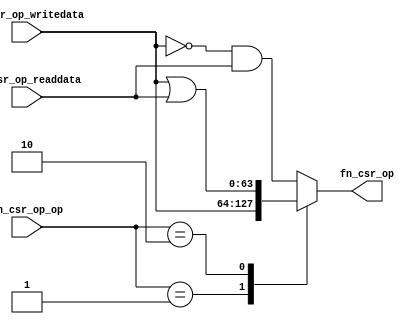
//
// Generated by Bluespec Compiler (build 8d454e4)
//
// On Fri Oct  9 13:14:07 IST 2020
//
//
// Ports:
// Name                         I/O  size props
// fn_csr_op                      O    64
// fn_csr_op_writedata            I    64
// fn_csr_op_readdata             I    64
// fn_csr_op_op                   I     2
//
// Combinational paths from inputs to outputs:
//   (fn_csr_op_writedata, fn_csr_op_readdata, fn_csr_op_op) -> fn_csr_op
//
//

`ifdef BSV_ASSIGNMENT_DELAY
`else
  `define BSV_ASSIGNMENT_DELAY
`endif

`ifdef BSV_POSITIVE_RESET
  `define BSV_RESET_VALUE 1'b1
  `define BSV_RESET_EDGE posedge
`else
  `define BSV_RESET_VALUE 1'b0
  `define BSV_RESET_EDGE negedge
`endif

module module_fn_csr_op(fn_csr_op_writedata,
			fn_csr_op_readdata,
			fn_csr_op_op,
			fn_csr_op);
  // value method fn_csr_op
  input  [63 : 0] fn_csr_op_writedata;
  input  [63 : 0] fn_csr_op_readdata;
  input  [1 : 0] fn_csr_op_op;
  output [63 : 0] fn_csr_op;

  // signals for module outputs
  reg [63 : 0] fn_csr_op;

  // remaining internal signals
  wire [63 : 0] x__h48;

  // value method fn_csr_op
  always@(fn_csr_op_op or x__h48 or fn_csr_op_readdata or fn_csr_op_writedata)
  begin
    case (fn_csr_op_op)
      2'd1: fn_csr_op = fn_csr_op_writedata;
      2'd2: fn_csr_op = fn_csr_op_writedata | fn_csr_op_readdata;
      default: fn_csr_op = x__h48 & fn_csr_op_readdata;
    endcase
  end

  // remaining internal signals
  assign x__h48 = ~fn_csr_op_writedata ;
endmodule  // module_fn_csr_op